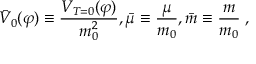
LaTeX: { \bar { V } _ { 0 } } ( \varphi ) \equiv { \frac { V _ { T = 0 } ( \varphi ) } { m _ { 0 } ^ { 2 } } } , { \bar { \mu } } \equiv { \frac { \mu } { m _ { 0 } } } , { \bar { m } } \equiv { \frac { m } { m _ { 0 } } } \; ,